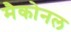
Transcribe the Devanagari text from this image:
मैकोनल